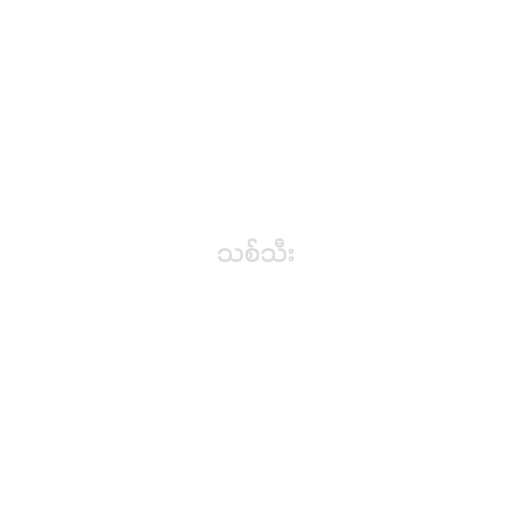
သစ်သီး